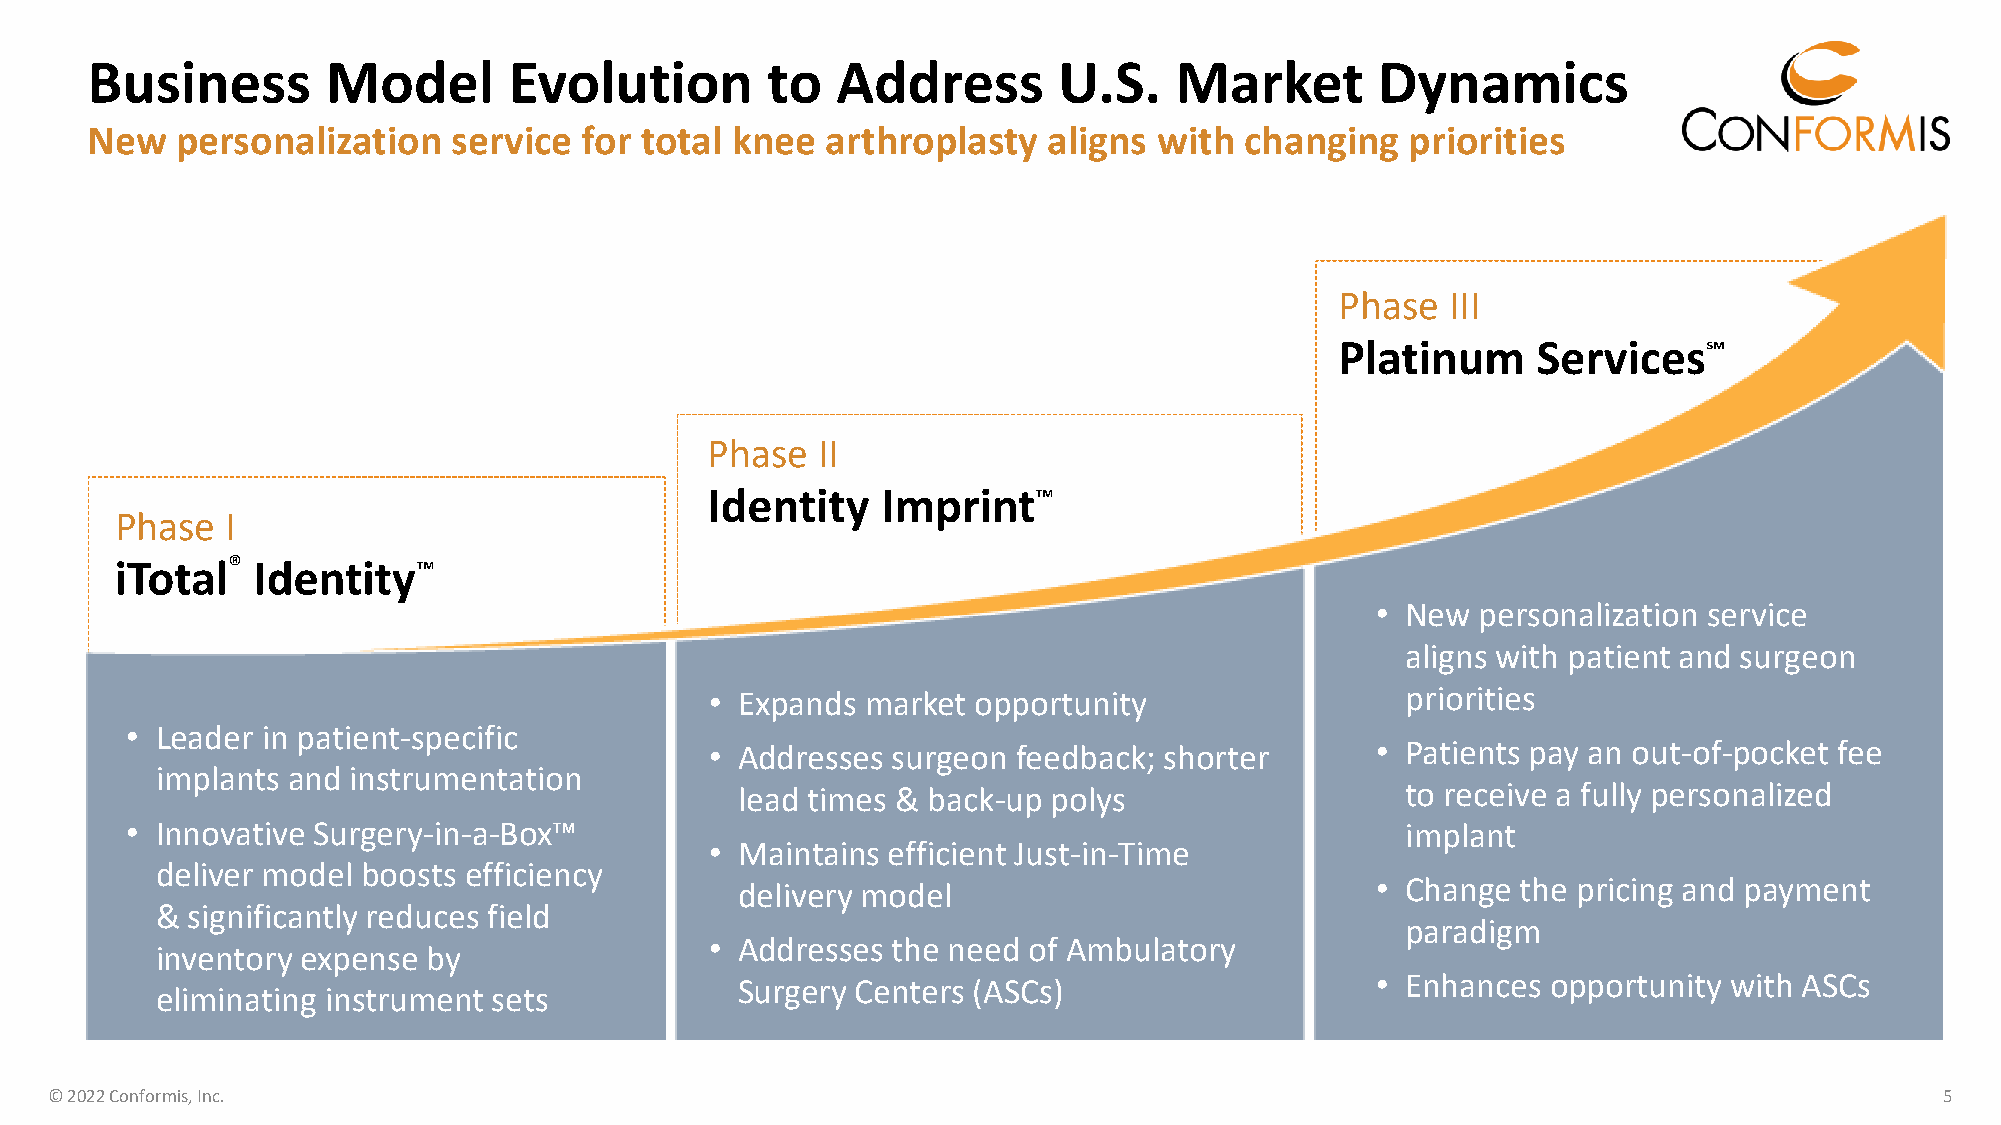
Business        Model       Evolution        to  Address        U.S.    Market       Dynamics
 New   personalization   service  for total knee  arthroplasty  aligns  with changing   priorities
 Phase  III
 Platinum     Services℠
 Phase  II
 Identity   Imprint™
 Phase  I
 iTotal®  Identity™
 • New  personalization service
 aligns with patient and surgeon
 • Expands market  opportunity                 priorities
 • Leader in patient-specific
 • Addresses surgeon feedback; shorter       • Patients pay an out-of-pocket fee
 implants and instrumentation
 lead times & back-up polys                  to receive a fully personalized
 • Innovative Surgery-in-a-Box™                                                       implant
 • Maintains efficient Just-in-Time
 deliver model boosts efficiency
 delivery model                            • Change  the pricing and payment
 & significantly reduces field
 paradigm
 • Addresses the need of Ambulatory
 inventory expense by
 Surgery Centers (ASCs)                    • Enhances  opportunity with ASCs
 eliminating instrument sets
 © 2022 Conformis, Inc.                                                                                                        5